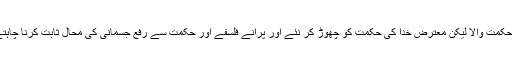
غالب حکمت والا لیکن معترض خدا کی حکمت کو چھوڑ کر نئے اور پرانے فلسفے اور حکمت سے رفع جسمانی کی محال ثابت کرنا چاہتے ہیں۔